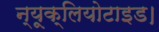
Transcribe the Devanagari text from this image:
न्यूक्लियोटाइड।